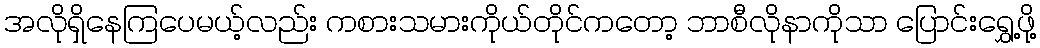
အလိုရှိနေကြပေမယ့်လည်း ကစားသမားကိုယ်တိုင်ကတော့ ဘာစီလိုနာကိုသာ ပြောင်းရွှေ့ဖို့